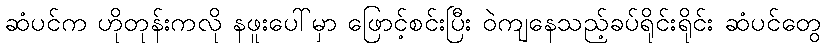
ဆံပင်က ဟိုတုန်းကလို နဖူးပေါ်မှာ ဖြောင့်စင်းပြီး ဝဲကျနေသည့်ခပ်ရိုင်းရိုင်း ဆံပင်တွေ